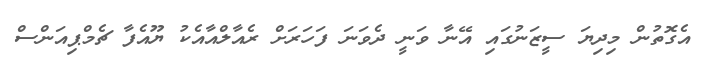
އެގޮތުން މިދިޔަ ސީޒަނުގައި އޭނާ ވަނީ ދެވަނަ ފަހަރަށް ރެއާލްއާއެކު ޔޫއެފާ ޗެމްޕިއަންސް